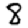
Digit: 8